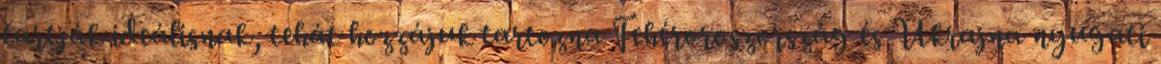
tartják ideálisnak, tehát hozzájuk tartozna Fehéroroszország és Ukrajna nyugati